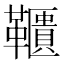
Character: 𩍨